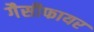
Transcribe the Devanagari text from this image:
गैसीफायर